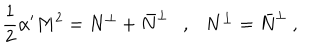
LaTeX: \frac { 1 } { 2 } \alpha ^ { \prime } M ^ { 2 } = N ^ { \perp } + \bar { N } ^ { \perp } \ \ \ , \ \ \ N ^ { \perp } = \bar { N } ^ { \perp } \ ,